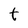
Character: t